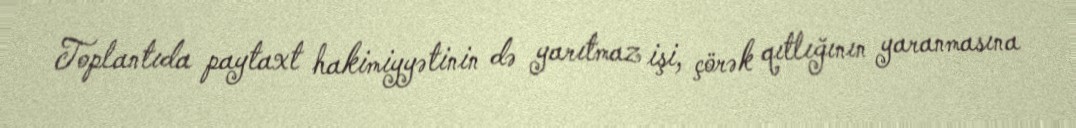
Toplantıda paytaxt hakimiyyətinin də yarıtmaz işi, çörək qıtlığının yaranmasına